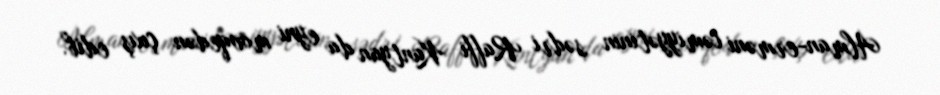
Alman-erməni cəmiyyətinin sədri Raffi Kantyan da eyni mövqedən çıxış edib.